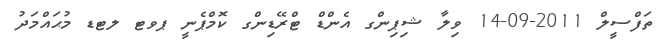
ތަފްސީލް 2011-09-14 ވިލާ ޝިޕިންގ އެންޑް ޓްރޭޑިންގ ކޮމްޕެނީ ޕވޓ ލޓޑ މުޙައްމަދު